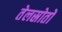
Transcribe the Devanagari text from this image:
तेलस्रोतों